Indian journal of veterinary science and animal husbandry - Volume 14,
Year: 1944
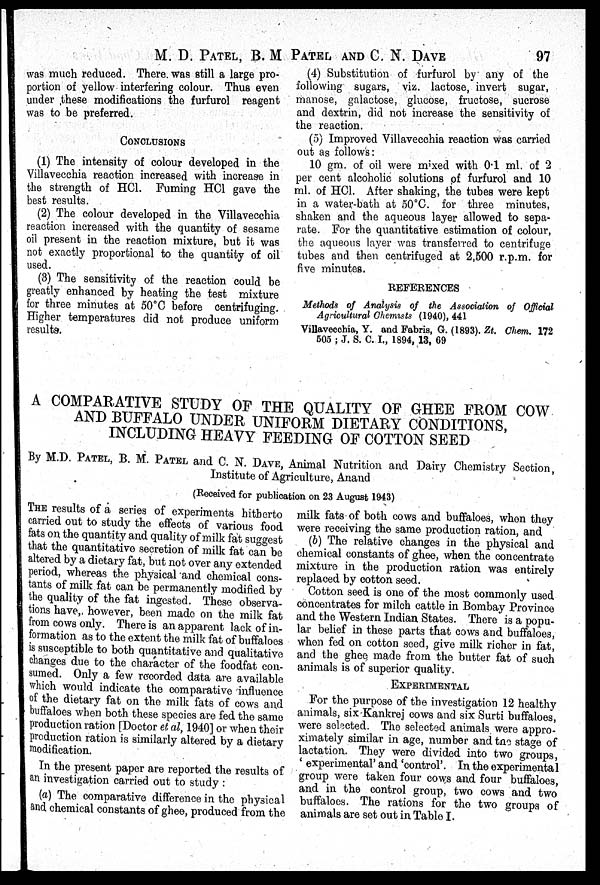
M. D. PATEL, B. M PATEL AND C. N. DAVE 97
was much reduced. There was still a large pro-
portion of yellow interfering colour. Thus even
under these modifications the furfurol reagent
was to be preferred.
CONCLUSIONS
(1) The intensity of colour developed in the
Villavecchia reaction increased with increase in
the strength of HCl. Fuming HCl gave the
best results.
(2) The colour developed in the Villavecchia
reaction increased with the quantity of sesame
oil present in the reaction mixture, but it was
not exactly proportional to the quantity of oil
used.
(3) The sensitivity of the reaction could be
greatly enhanced by heating the test mixture
for three minutes at 50°C before centrifuging.
Higher temperatures did not produce uniform
results.
(4) Substitution of furfurol by any of the
following sugars, viz. lactose, invert sugar,
manose, galactose, glucose, fructose, sucrose
and dextrin, did not increase the sensitivity of
the reaction.
(5) Improved Villavecchia reaction was carried
out as follows:
10 gm. of oil were mixed with 0.1 ml. of 2
per cent alcoholic solutions of furfurol and 10
ml. of HCl. After shaking, the tubes were kept
in a water-bath at 50°C. for three minutes,
shaken and the aqueous layer allowed to sepa-
rate. For the quantitative estimation of colour,
the aqueous layer was transferred to centrifuge
tubes and then centrifuged at 2,500 r.p.m. for
five minutes.
REFERENCES
Methods of Analysis of the Association of Official
Agricultural Chemists (1940), 441
Villavecchia, Y. and Fabris, G. (1893). Zt. Chem. 172
505 ; J. S. C. I., 1894, 13, 69
A COMPARATIVE STUDY OF THE QUALITY OF GHEE FROM COW
AND BUFFALO UNDER UNIFORM DIETARY CONDITIONS,
INCLUDING HEAVY FEEDING OF COTTON SEED
By M.D. PATEL, B. M. PATEL and C. N. DAVE, Animal Nutrition and Dairy Chemistry Section,
Institute of Agriculture, Anand
(Received for publication on 23 August 1943)
THE results of a series of experiments hitherto
carried out to study the effects of various food
fats on the quantity and quality of milk fat suggest
that the quantitative secretion of milk fat can be
altered by a dietary fat, but not over any extended
period, whereas the physical and chemical cons-
tants of milk fat can be permanently modified by
the quality of the fat ingested. These observa-
tions have, however, been made on the milk fat
from cows only. There is an apparent lack of in-
formation as to the extent the milk fat of buffaloes
is susceptible to both quantitative and qualitative
changes due to the character of the foodfat con-
sumed. Only a few recorded data are available
which would indicate the comparative influence
of the dietary fat on the milk fats of cows and
buffaloes when both these species are fed the same
production ration [Doctor et al, 1940] or when their
production ration is similarly altered by a dietary
modification.
In the present paper are reported the results of
an investigation carried out to study :
(a) The comparative difference in the physical
and chemical constants of ghee, produced from the
milk fats of both cows and buffaloes, when they
were receiving the same production ration, and
(b) The relative changes in the physical and
chemical constants of ghee, when the concentrate
mixture in the production ration was entirely
replaced by cotton seed.
Cotton seed is one of the most commonly used
concentrates for milch cattle in Bombay Province
and the Western Indian States. There is a popu-
lar belief in these parts that cows and buffaloes,
when fed on cotton seed, give milk richer in fat,
and the ghee made from the butter fat of such
animals is of superior quality.
EXPERIMENTAL
For the purpose of the investigation 12 healthy
animals, six Kankrej cows and six Surti buffaloes,
were selected. The selected animals were appro-
ximately similar in age, number and the stage of
lactation. They were divided into two groups,
' experimental' and 'control'. In the experimental
group were taken four cows and four buffaloes,
and in the control group, two cows and two
buffaloes. The rations for the two groups of
animals are set out in Table I.